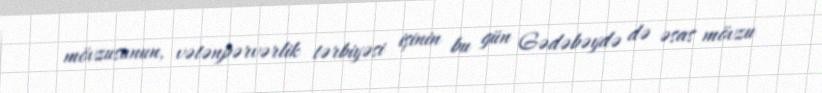
mövzusunun, vətənpərvərlik tərbiyəsi işinin bu gün Gədəbəydə də əsas mövzu